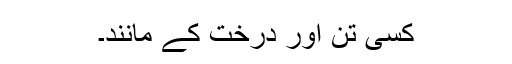
کسی تن اور درخت کے مانند۔